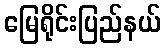
မြေရိုင်းပြည်နယ်